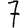
Digit: 7